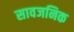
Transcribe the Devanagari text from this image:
सावजनिक